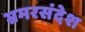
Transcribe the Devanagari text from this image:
भ्रमरसंदेश